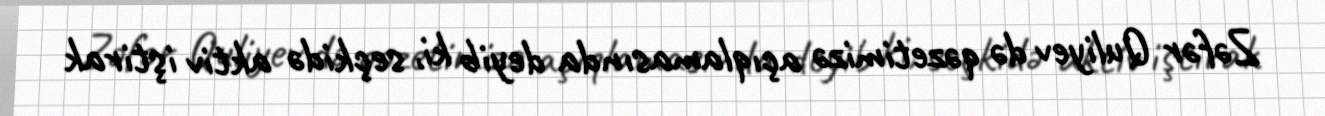
Zəfər Quliyev də qəzetimizə açıqlamasında deyib ki, seçkidə aktiv iştirak